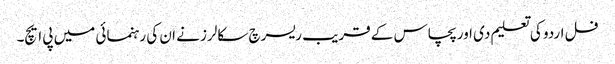
فل اردو کی تعلیم دی اور پچاس کے قریب ریسرچ سکالرز نے ان کی رہنمائی میں پی ایچ۔